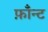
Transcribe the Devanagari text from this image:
फ़ाँन्ट